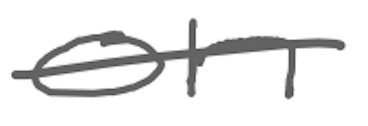
Text: on
Cross-out: single-line
Writing tool: digital_gray